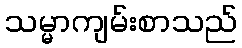
သမ္မာကျမ်းစာသည်